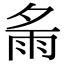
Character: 𩁼